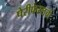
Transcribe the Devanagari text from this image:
पेरीफेरलची